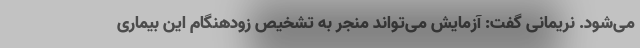
می‌شود. نریمانی گفت: آزمایش می‌تواند منجر به تشخیص زودهنگام این بیماری